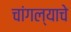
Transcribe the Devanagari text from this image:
चांगल्याचे